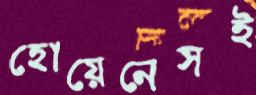
হোয়েনেসই